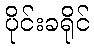
ပိုင်းခရိုင်